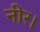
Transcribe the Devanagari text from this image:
नीर।